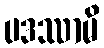
ပဒဿာမိ